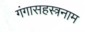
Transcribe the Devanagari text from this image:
गंगासहस्त्रनाम